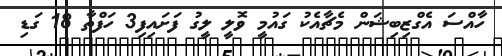
ހާއްސަ އެގްޒިބިޝަން މެޗާއެކު ގައުމީ ވޮލީ ލީގު ފަށައިފި3 ހަފްތާ 18 ގަޑި